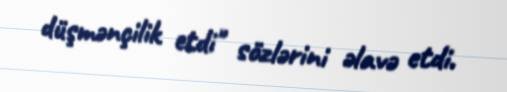
düşmənçilik etdi" sözlərini əlavə etdi.